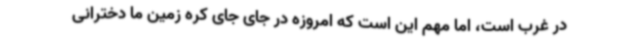
در غرب است،‌ اما مهم این است که امروزه در جای جای کره زمین ما دخترانی